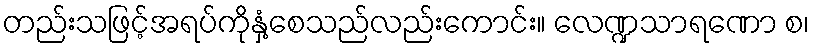
တည်းသဖြင့်အရပ်ကိုနှံ့စေသည်လည်းကောင်း။ လေဏ္ဍသာရဏော စ၊